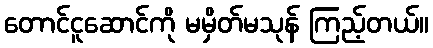
တောင်ငူဆောင်ကို မမှိတ်မသုန် ကြည့်တယ်။